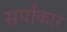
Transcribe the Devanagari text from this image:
सर्पांकार